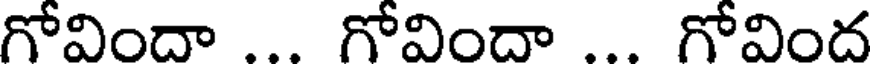
గోవిందా ... గోవిందా .. గోవింద